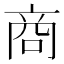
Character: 商